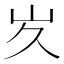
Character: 𭖃